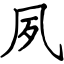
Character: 夙